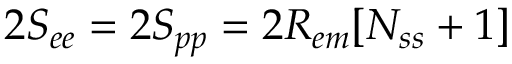
2 S _ { e e } = 2 S _ { p p } = 2 R _ { e m } [ N _ { s s } + 1 ]